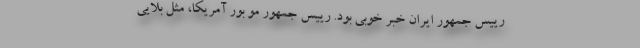
رییس جمهور ایران خبر خوبی بود. رییس جمهور مو بور آمریکا، مثل بلایی